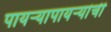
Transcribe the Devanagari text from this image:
पायऱ्यापायऱ्यांची